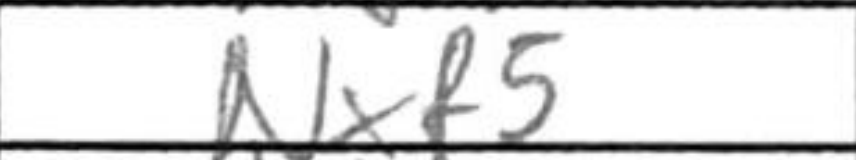
Transcription: Nxf5